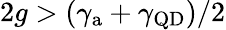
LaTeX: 2g>(\gamma_{\mathrm{a}}+\gamma_{\mathrm{QD}})/{2}